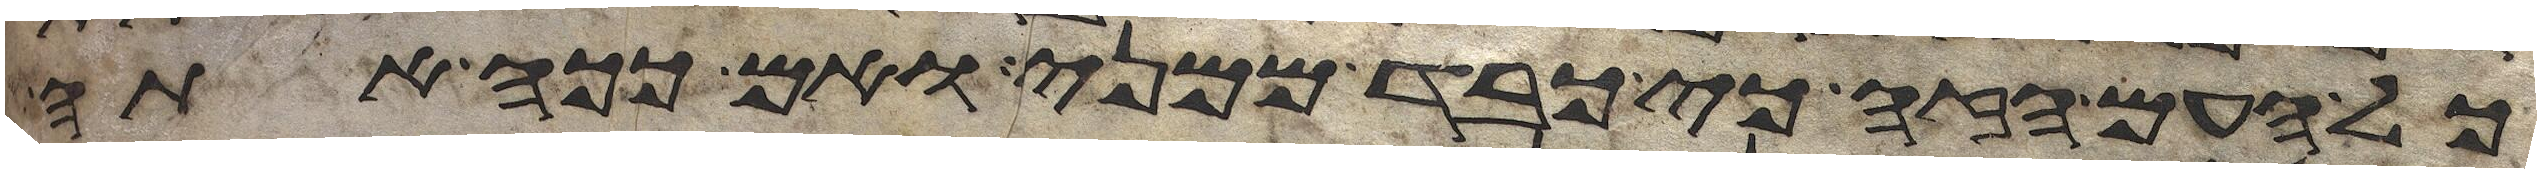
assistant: כל העם הזה כי כבד ממני ואם ככה אתה